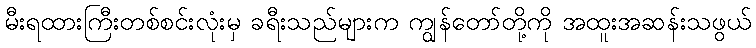
မီးရထားကြီးတစ်စင်းလုံးမှ ခရီးသည်များက ကျွန်တော်တို့ကို အထူးအဆန်းသဖွယ်